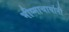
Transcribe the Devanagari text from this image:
भीष्माचार्यानी